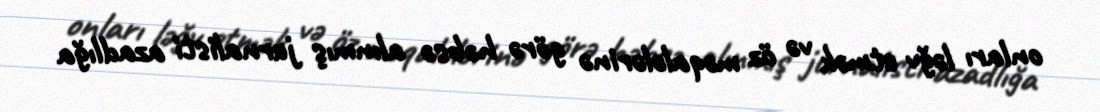
onları ləğv etmək və öz məqalələrinə görə həbsə alınmış jurnalisti azadlığa